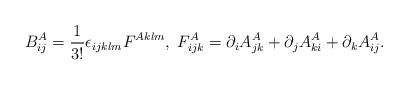
\begin{align*}B^A_{ij} = \frac{1}{3!} \epsilon_{ijklm} F^{Aklm}, \;F^A_{ijk} = \partial_i A^A_{jk} + \partial_j A^A_{ki} + \partial_k A^A_{ij}.\end{align*}